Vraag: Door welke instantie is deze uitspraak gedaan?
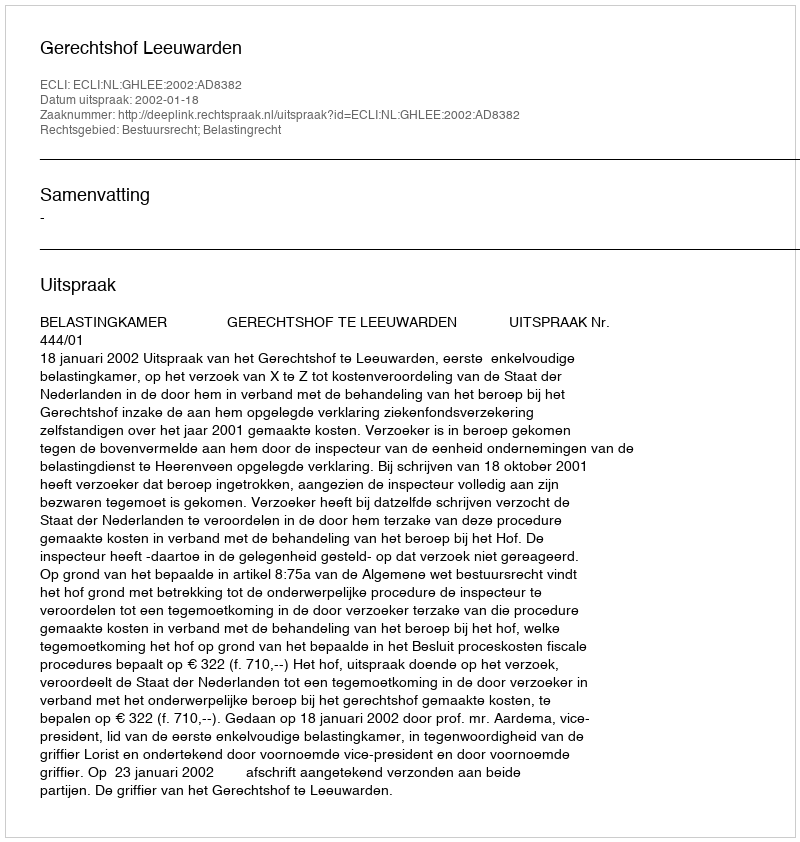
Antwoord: Gerechtshof Leeuwarden